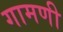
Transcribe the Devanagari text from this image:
गामणी